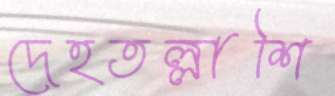
দেহতল্লাশি